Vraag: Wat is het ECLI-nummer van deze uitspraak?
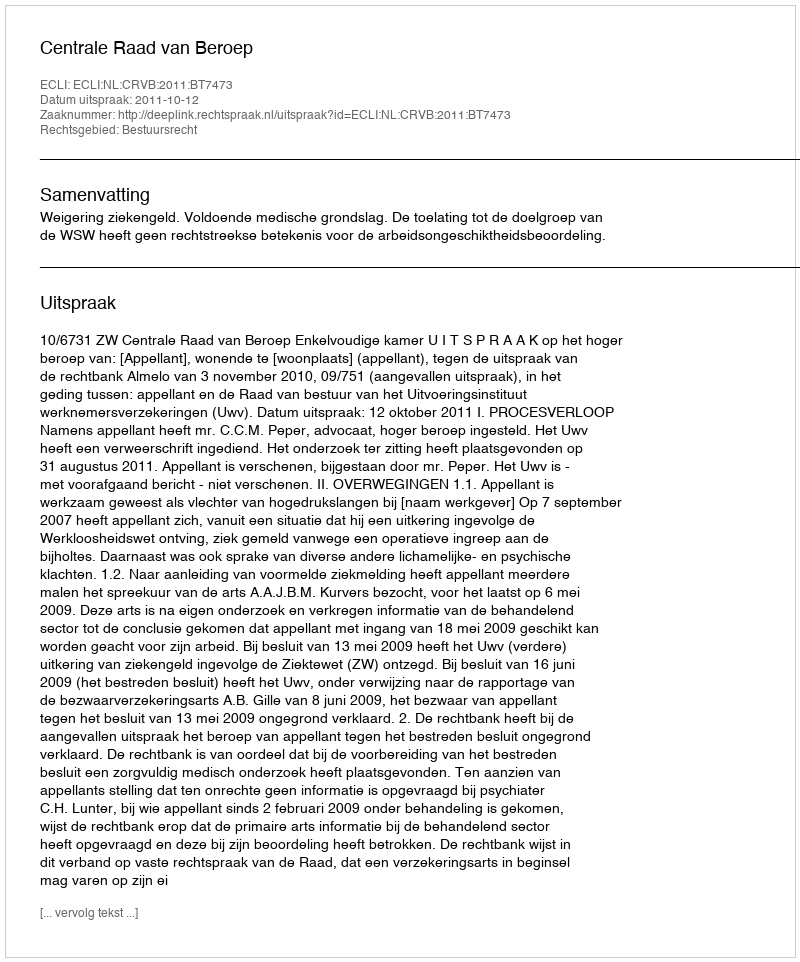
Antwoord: ECLI:NL:CRVB:2011:BT7473